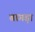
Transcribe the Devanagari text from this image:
बागड़ा